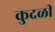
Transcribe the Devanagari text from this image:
कुदळी